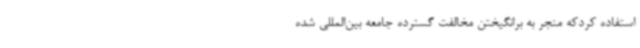
استفاده کردکه منجر به برانگیختن مخالفت گسترده جامعه بین‌المللی شده